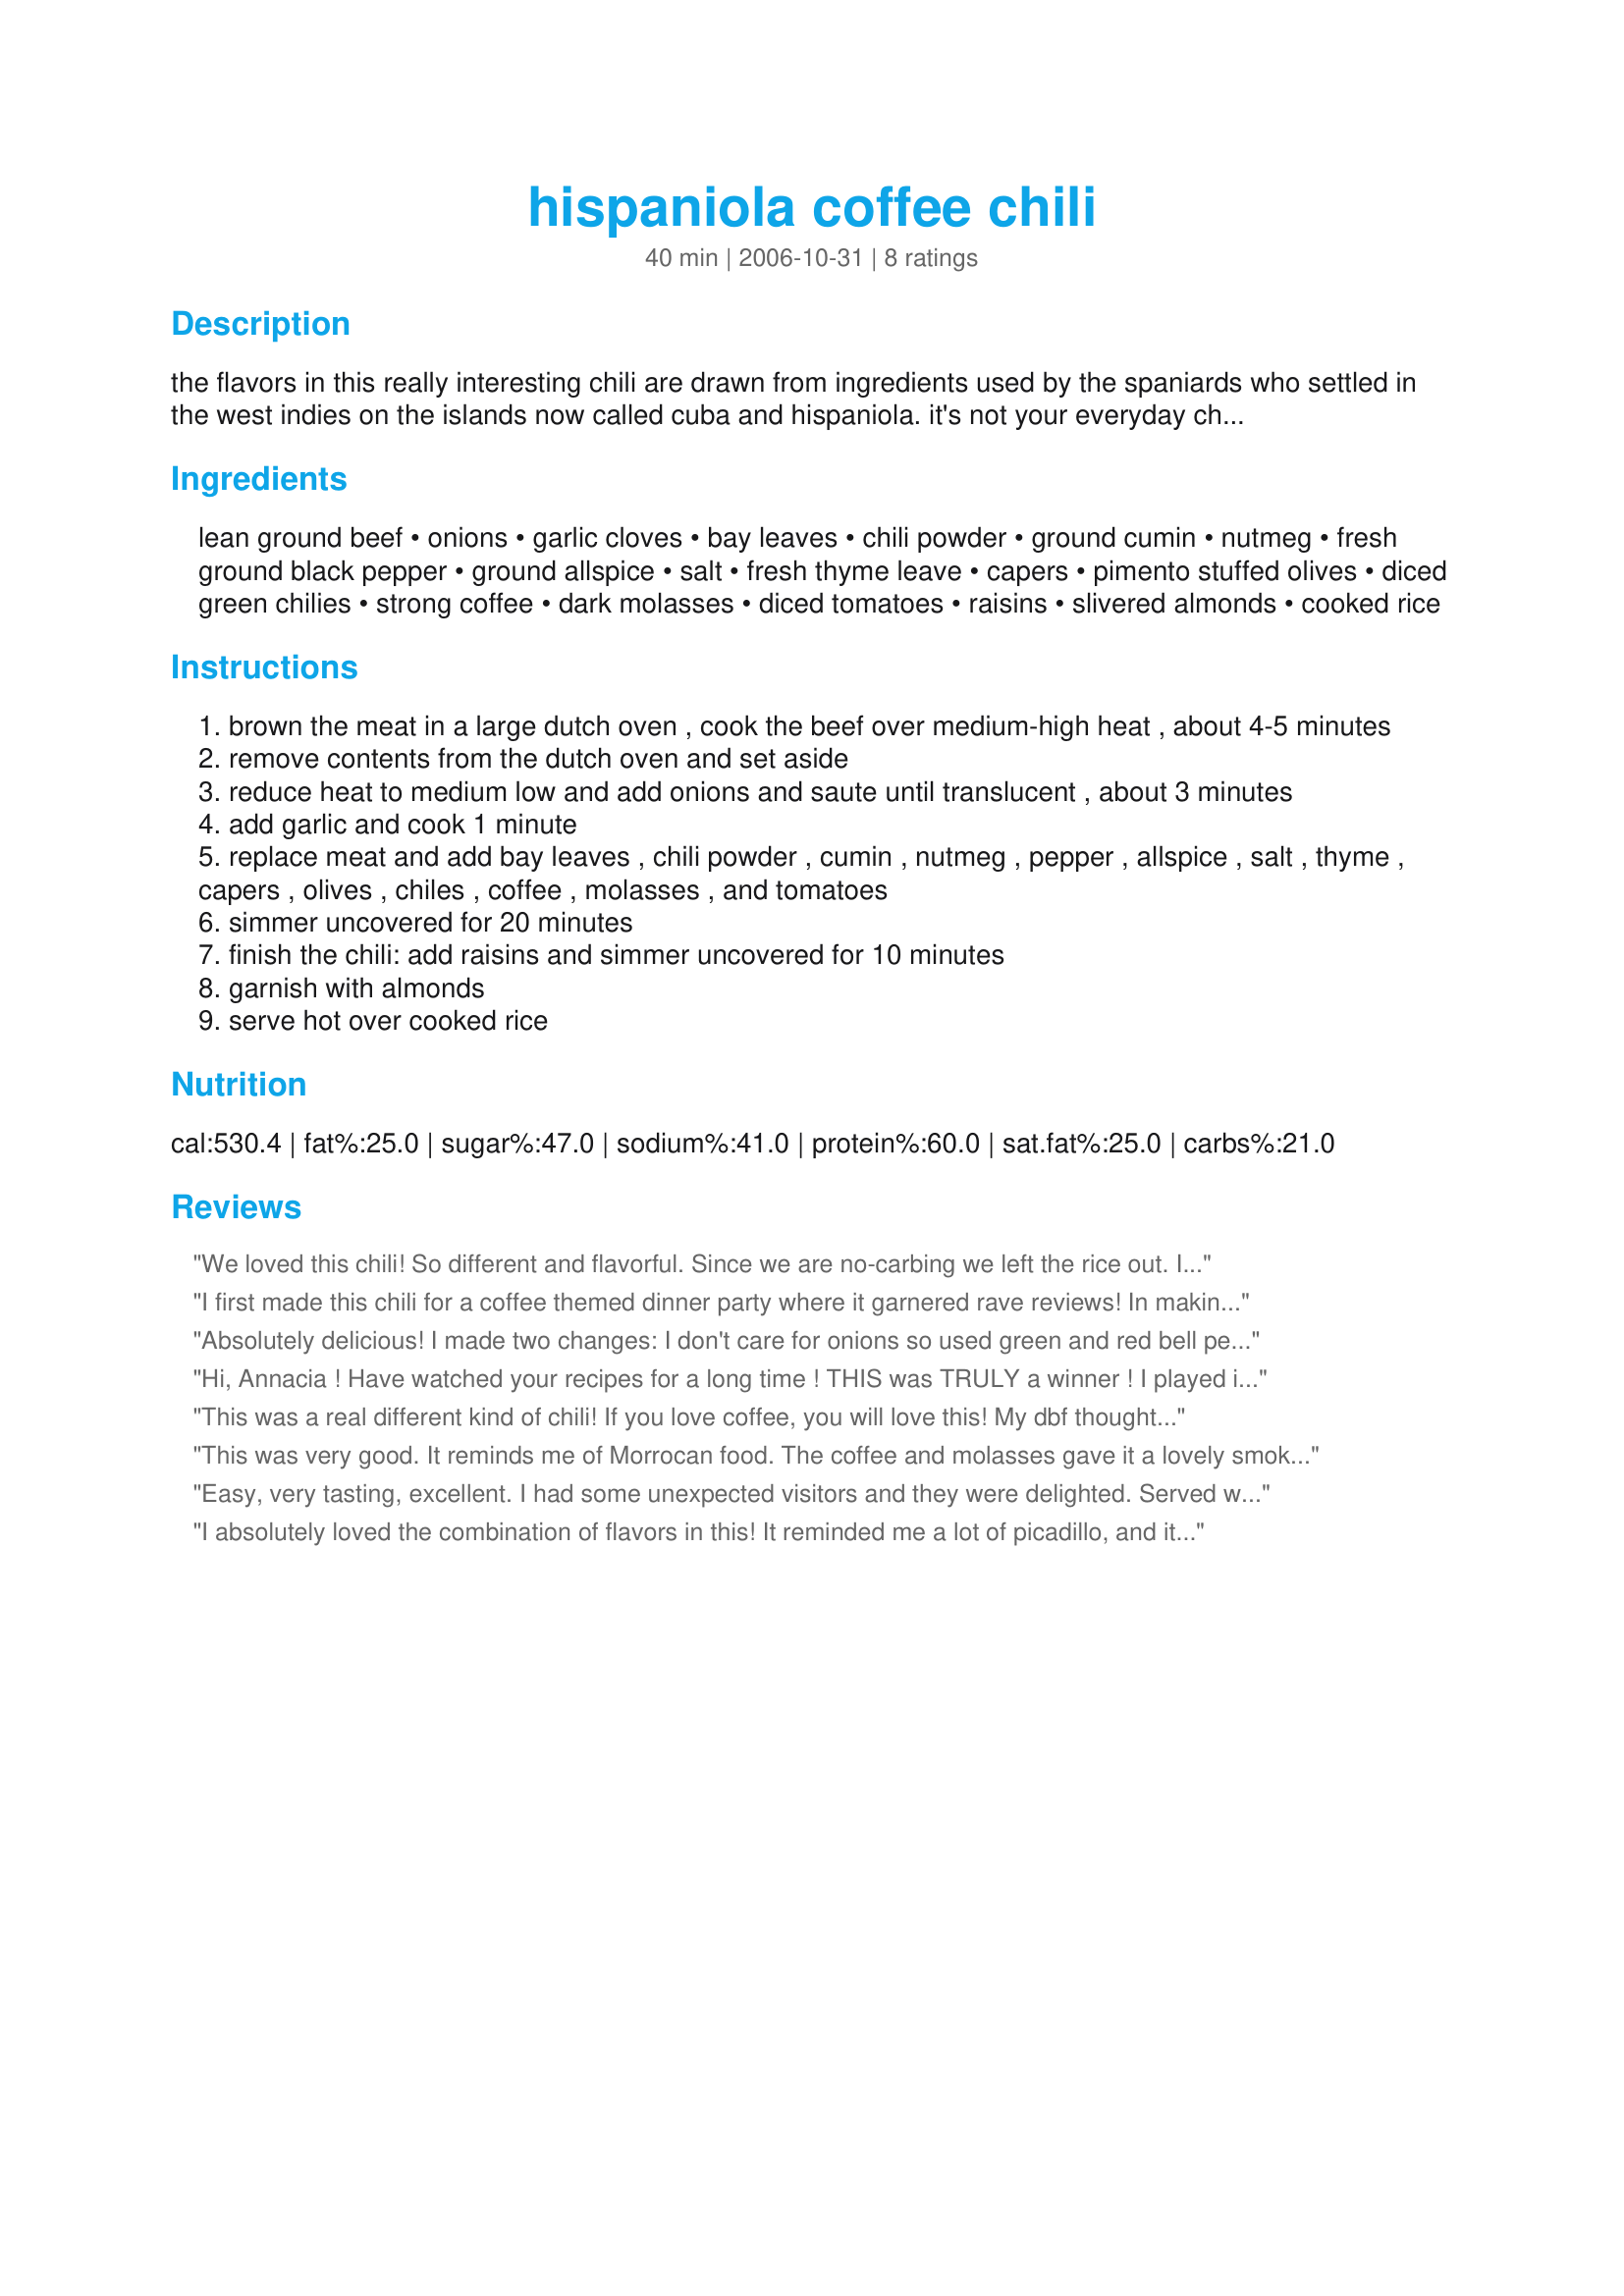
hispaniola coffee chili
Preparation time: 40 minutes

the flavors in this really interesting chili are drawn from ingredients used by the spaniards who settled in the west indies on the islands now called cuba and hispaniola. it's not your everyday chili!

Ingredients:
lean ground beef, onions, garlic cloves, bay leaves, chili powder, ground cumin, nutmeg, fresh ground black pepper, ground allspice, salt, fresh thyme leave, capers, pimento stuffed olives, diced green chilies, strong coffee, dark molasses, diced tomatoes, raisins, slivered almonds, cooked rice

Steps:
brown the meat in a large dutch oven , cook the beef over medium-high heat , about 4-5 minutes
remove contents from the dutch oven and set aside
reduce heat to medium low and add onions and saute until translucent , about 3 minutes
add garlic and cook 1 minute
replace meat and add bay leaves , chili powder , cumin , nutmeg , pepper , allspice , salt , thyme , capers , olives , chiles , coffee , molasses , and tomatoes
simmer uncovered for 20 minutes
finish the chili: add raisins and simmer uncovered for 10 minutes
garnish with almonds
serve hot over cooked rice

Reviews:
We loved this chili!
So different and flavorful.
Since we are no-carbing we left the rice out. I decided not to sprinkle with almonds too. 
Will definately make this again.
Thanks Annacia!
I first made this chili for a coffee themed dinner party where it garnered rave reviews! In making it again for the umpteenth time, I realize I had not yet rated it. Silly me! Worth every bit of 5 stars and more! Made as written with buffalo meat instead of beef (oh, OK, so I did put in a bit more garlic). It is now my go-to chili. Thanks, Annacia, for posting!
Absolutely delicious! I made two changes: I don't care for onions so used green and red bell peppers instead, and used some leftover roast, chopped, instead of the ground beef. Loved the combination of spices with the bold coffee base - I used hot chili powder and it was terrific. The raisins were a pleasant surprise. Served over brown rice and forgot the almonds, but will try them next time. Thanks for sharing this recipe!
Hi, Annacia ! Have watched your recipes for a long time ! THIS was TRULY a winner ! I played in the "New Year's Spice and Herb Swap" and was lucky enough to have PaulaG for a partner ! She sent some wonderful things -- and since we had 3 inches of snow yesterday, and it is to be VERY cold for the weekend, I prepared your chili ALMOST as listed. I used her Green Chili Powder, and having seen in the past, that Spanish chili frequently included cocoa/chocolate -- I had some VERY dark, bitter cocoa, of which I added about 1 tablespoon. Just because we always eat chili this way, topped each bowl with some sour cream and some grated sharp, cheddar cheese ! UMM-UMM good ! SO happy we have plenty left-over for another meal. Thanks for sharing an enjoyable recipe !
This was a real different kind of chili! If you love coffee, you will love this! My dbf thought the coffee taste was a bit too overpowering - I enjoyed it but thought it was lacking something - probably because I'm so used to "regular" chili! Thanks Annacia!
This was very good. It reminds me of Morrocan food. The coffee and molasses gave it a lovely smokey flavor. The spice blend was very nice. The green chilies and olives gave it some tang. The raisins were a nice sweet touch. The almonds gave it even more flavor and texture. Wonderful recipe..I'll be making again. Thanks Annacia! Made for 1-2-3 hit wonders.
Easy, very tasting, excellent. I had some unexpected visitors and they were delighted. Served with wite rice, "patacones" (fried plantain), refried beans and a green salad. Everybody asked for seconds!!!! Thanks
I absolutely loved the combination of flavors in this! It reminded me a lot of picadillo, and it was absolutely delicious. And it was so easy to make for this novice cook! Will definitely make this again! Made for ZWT9.
